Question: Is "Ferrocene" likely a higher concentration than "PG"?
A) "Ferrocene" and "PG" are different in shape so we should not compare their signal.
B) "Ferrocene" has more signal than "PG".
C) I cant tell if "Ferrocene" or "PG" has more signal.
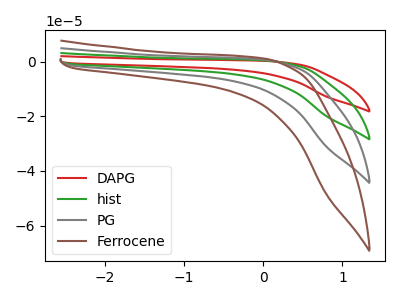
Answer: <think>The red curve "DAPG" has no peaks. The green curve "hist" has no peaks. The gray curve "PG" has no peaks. The brown curve "Ferrocene" has no peaks.
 Neither "Ferrocene" or "PG" have any peaks.</think>
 <answer>C) I cant tell if "Ferrocene" or "PG" has more signal.</answer>
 <eval>C</eval>